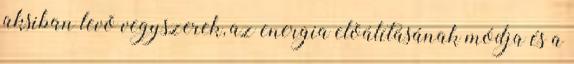
aksiban levõ vegyszerek, az energia elõálításának módja és a